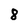
Character: 8